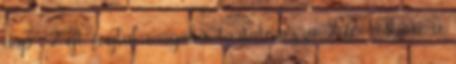
nap 2 éjt foglal magába, tartalmazza 2 fõ részére a